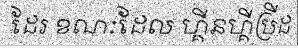
ដែរ ខណៈដែល ហ្គីនហ្គីប្រីដ